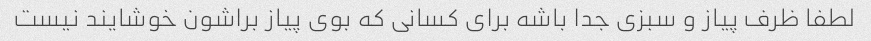
لطفا ظرف پیاز و سبزی جدا باشه برای کسانی که بوی پیاز براشون خوشایند نیست